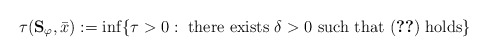
\begin{align*}\tau(\mathbf{S}_{\varphi},\bar x):=\inf\{\tau>0: \ {\rm there\ exists} \ \delta>0\ {\rm such\ that} \ \eqref{3.2}\ {\rm holds}\}\end{align*}